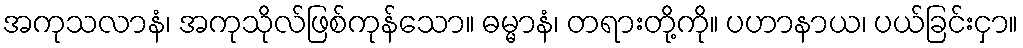
အကုသလာနံ၊ အကုသိုလ်ဖြစ်ကုန်သော။ ဓမ္မာနံ၊ တရားတို့ကို။ ပဟာနာယ၊ ပယ်ခြင်းငှာ။